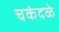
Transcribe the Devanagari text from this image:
चकंदळे